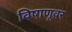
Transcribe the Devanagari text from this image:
विषाणूवर